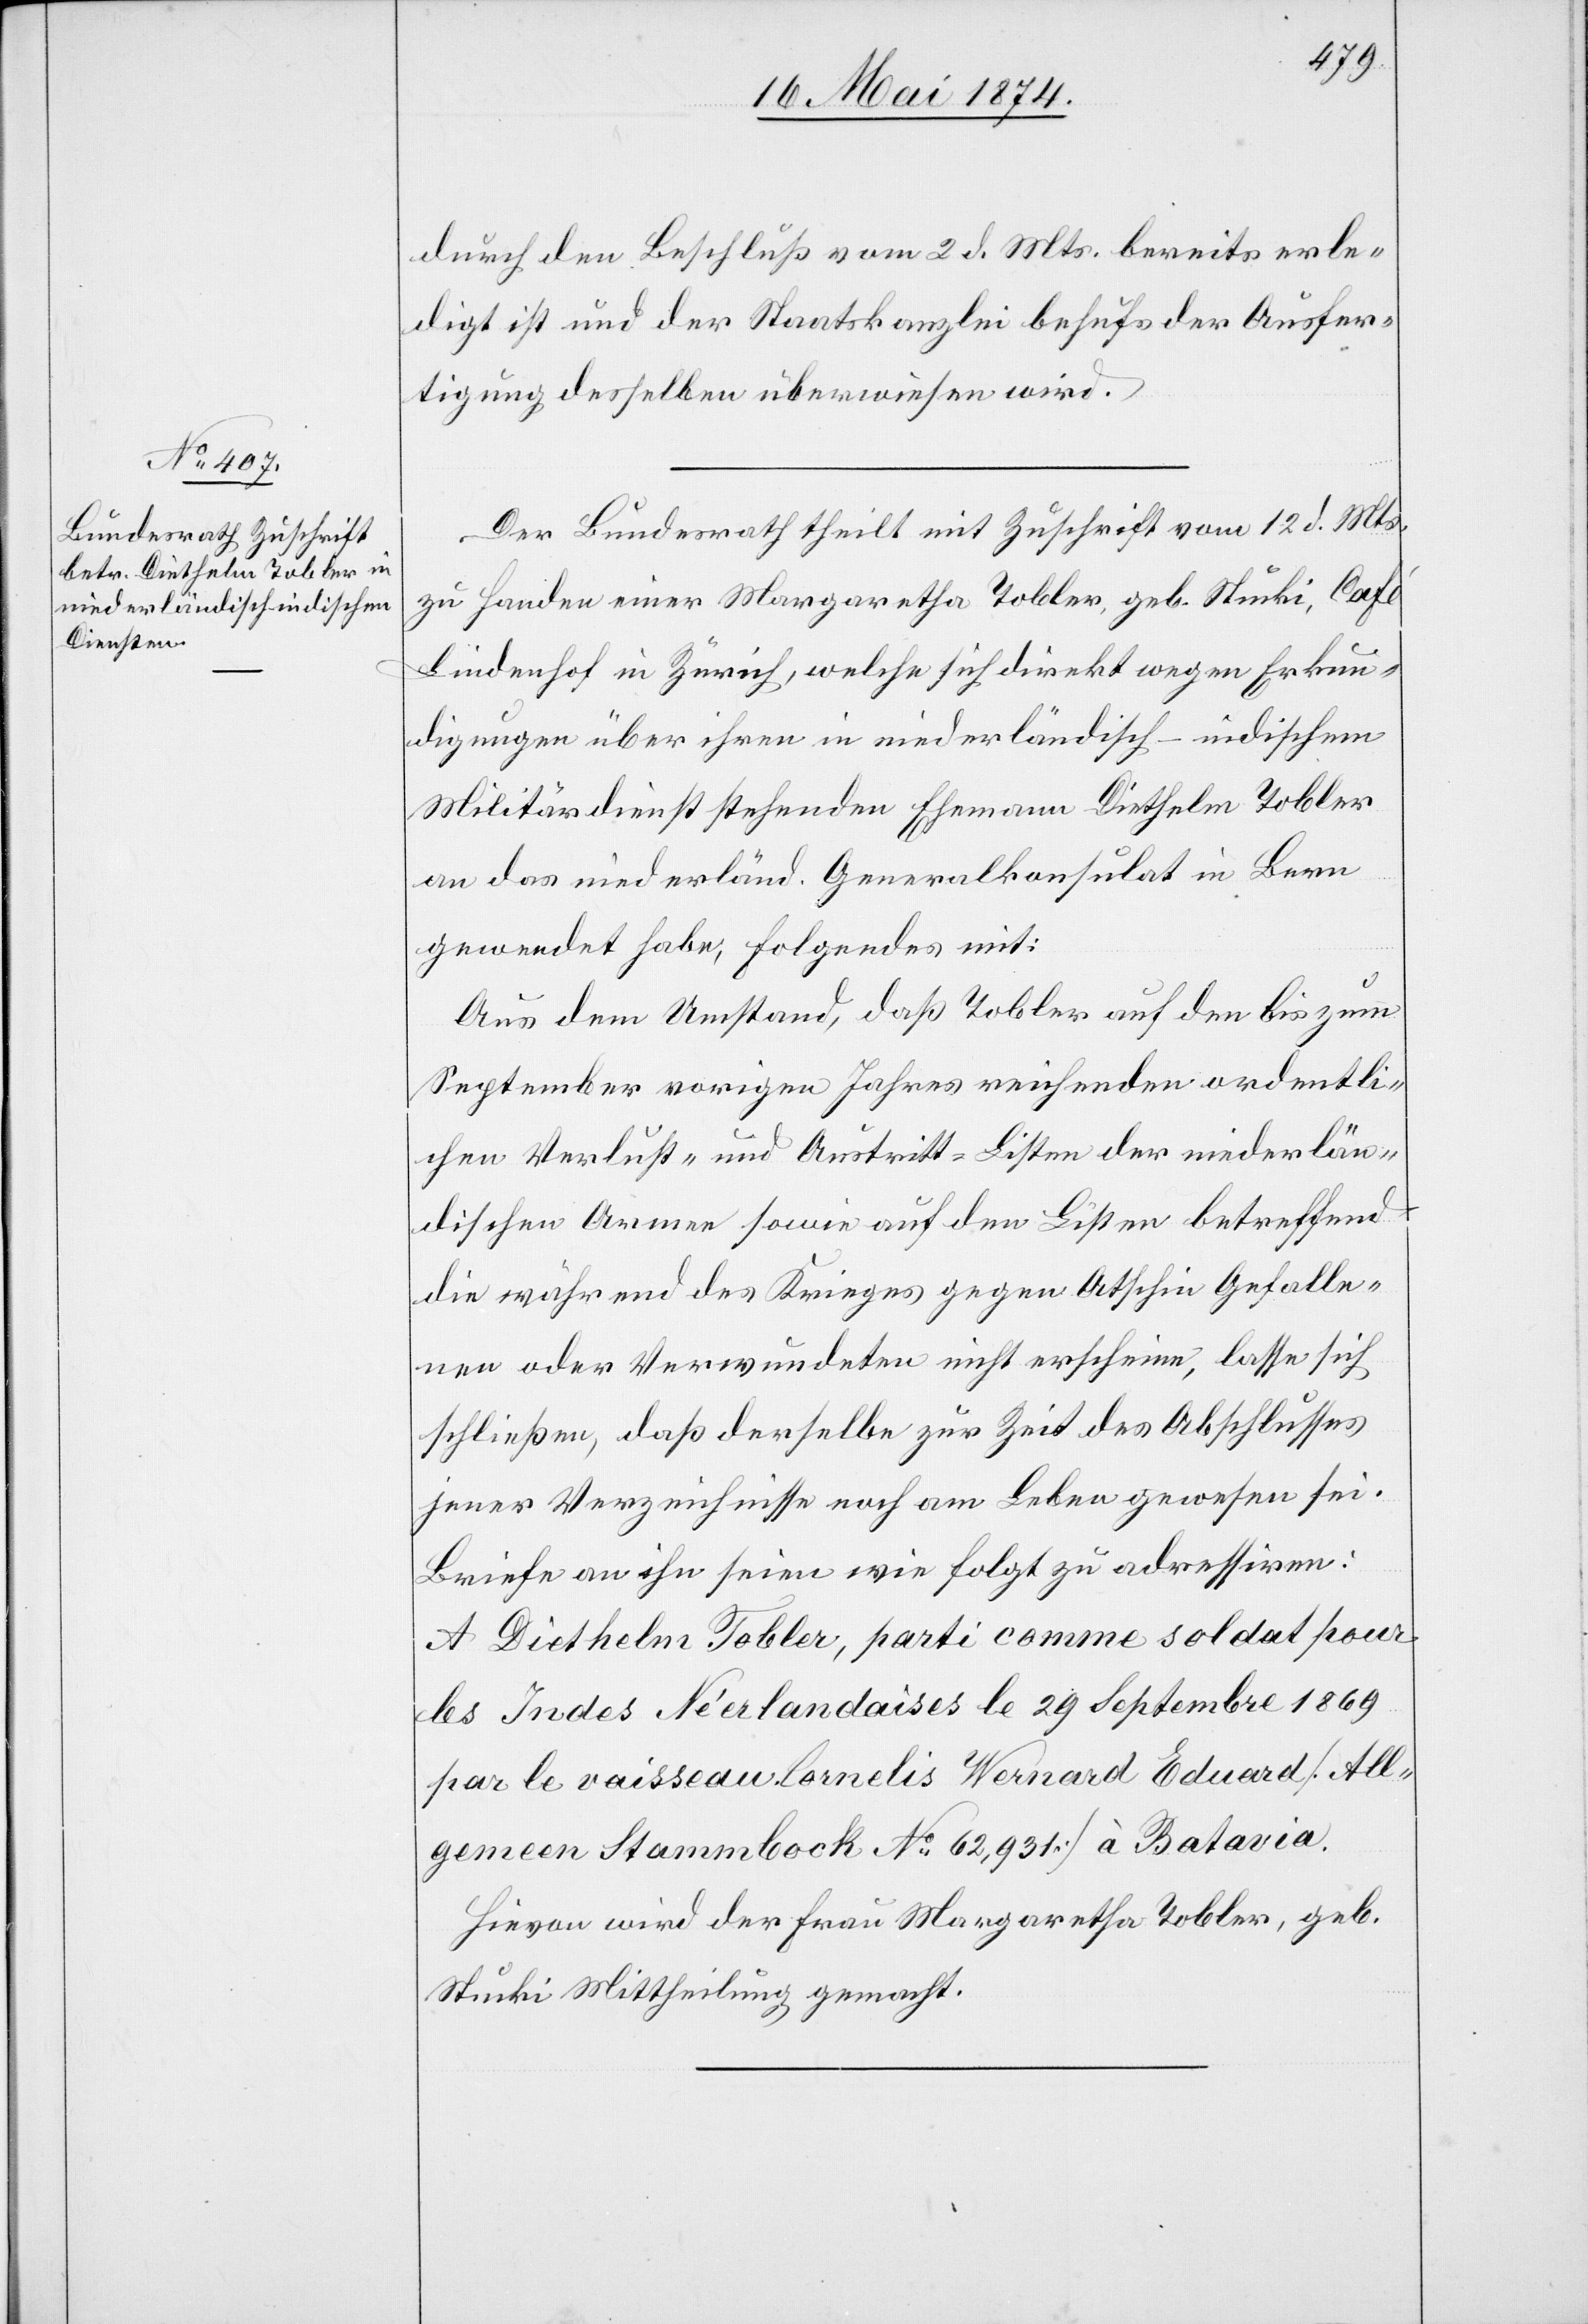
16. Mai 1874.]
durch den Beschluß vom 2. d. Mts. bereits erle¬
digt ist und der Staatskanzlei behufs der Ausfer¬
tigung desselben überwiesen wird.
Der Bundesrath theilt mit Zuschrift vom 12. d. Mts.
zu Handen einer Margaretha Tobler, geb. Stuki, Café
Lindenhof in Zürich, welche sich direkt wegen Erkun¬
digungen über ihren in niederländisch-indischem
Militärdienst stehenden Ehemann Diethelm Tobler
an das niederländ. Generalkonsulat in Bern
gewendet habe, Folgendes mit:
Aus dem Umstand, daß Tobler auf den bis zum
September vorigen Jahre reichenden ordentli¬
chen Verlust- und Austritt-Listen der niederlän¬
dischen Armee sowie auf den Listen betreffend
die während des Krieges gegen Atschin Gefalle¬
nen oder Verwundeten nicht erscheine, lasse sich
schließen, daß derselbe zur Zeit des Abschlusses
jener Verzeichnisse noch am Leben gewesen sei.
Briefe an ihn seien wie folgt zu adressiren:
A Diethelm Tobler, parti comme soldat pour
les Indes Néerlandaises le 29 Septembre 1869
par le vaisseau Cornelis Wernard Eduard [All¬
gemeen Stammbock No 62,931] à Batavia.
Hievon wird der Frau Margaretha Tobler, geb.
Stuki Mittheilung gemacht.